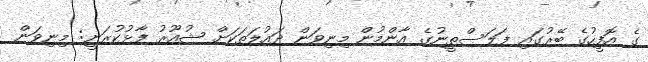
ގެ އޮފީހުގެ ބޭރުގައި ފަލަސްތީނުގެ އާންމުން މިނިވަން ދައުލަތަކަށް ޝުއޫރު ފާޅުކުރަނީ: މިނިވަން